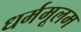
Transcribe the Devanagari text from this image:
धर्ममूलम